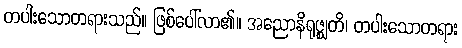
တပါးသောတရားသည်။ ဖြစ်ပေါ်လာ၏။ အညောနိရုဇ္ဈတိ၊ တပါးသောတရား